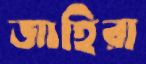
জাহিরা